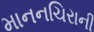
માનનચિરાની